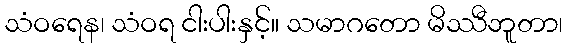
သံဝရေန၊ သံဝရ ငါးပါးနှင့်။ သမာဂတော မိဿီဘူတာ၊